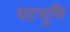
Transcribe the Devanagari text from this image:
पटभूमि